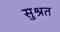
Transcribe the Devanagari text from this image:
सुश्रत